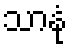
သာနုံ